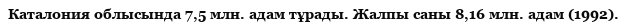
Каталония облысында 7,5 млн. адам тұрады. Жалпы саны 8,16 млн. адам (1992).